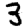
Digit: 3